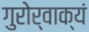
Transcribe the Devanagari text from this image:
गुरोर्वाक्यं